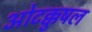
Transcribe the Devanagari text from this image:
ओटक्कुषल